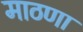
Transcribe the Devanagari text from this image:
माठणा